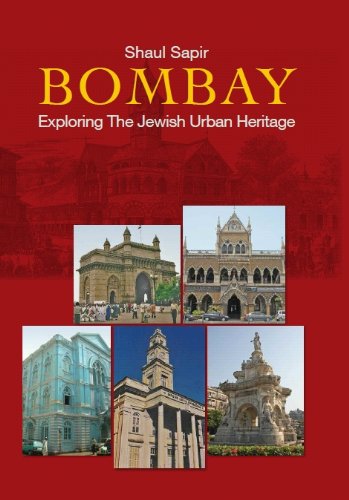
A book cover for Bombay: Exploring The Jewish Urban Heritage; Shaul Sapir; Religion & Spirituality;